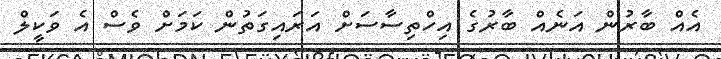
އެއް ބާރުން އަނެއް ބާރުގެ އިހްތިސާސަށް އަރައިގަތުން ކަމަށް ވެސް އެ ވަކީލް